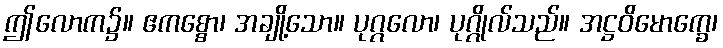
ဤလောက၌။ ဧကစ္စော၊ အချို့သော။ ပုဂ္ဂလော၊ ပုဂ္ဂိုလ်သည်။ အဋ္ဌဝိမောက္ခေ၊